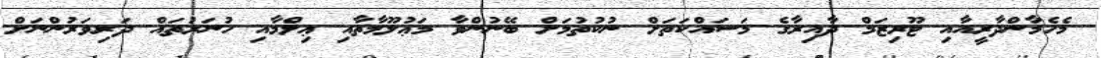
މެހެމާންދާރީއާއި ޓޫރިޒަމް ދާއިރާގެ މަސައްކަތަށް ނުކުުތުމަށް ބޭނުންވާ މަޢުލޫމާތާއި ޢިލްމާއި ހުނަރުތައް ދަރިވަރުންނަށް